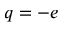
q = - e